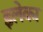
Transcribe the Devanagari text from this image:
इलेका